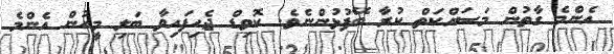
އެންމެ ގާތުން މަސައްކަތް ކުރާ ބޭފުޅުންނެވެ. ކޮވިޑް ޖެހިފައިވާ ބަލި މީހުން އެންމެ